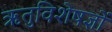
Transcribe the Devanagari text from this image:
ऋतुविशेषज्ञों